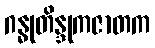
ဂန္ဓုတိန္ဒုကဇာတက